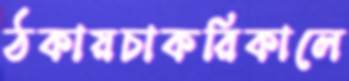
ঠকায়চাকরিকালে